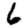
Digit: 6